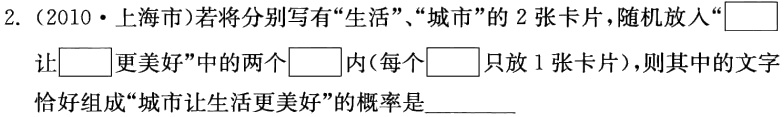
2.（2010·上海市）若将分别写有“生活”、“城市”的 2 张卡片，随机放入“$\square$让$\square$更美好”中的两个$\square$内（每个$\square$只放 1 张卡片），则其中的文字恰好组成“城市让生活更美好”的概率是________